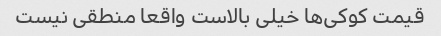
قیمت کوکی‌ها خیلی بالاست واقعا منطقی نیست